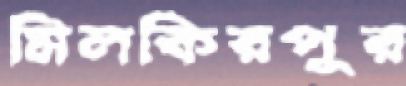
মিলকিরপুর